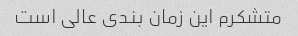
متشکرم این زمان بندی عالی است